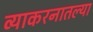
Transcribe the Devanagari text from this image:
व्याकरनातल्या